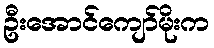
ဦးအောင်ကျော်မိုးက